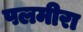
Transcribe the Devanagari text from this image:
पलमीरा